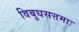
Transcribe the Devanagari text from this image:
विबुधसत्तमाः